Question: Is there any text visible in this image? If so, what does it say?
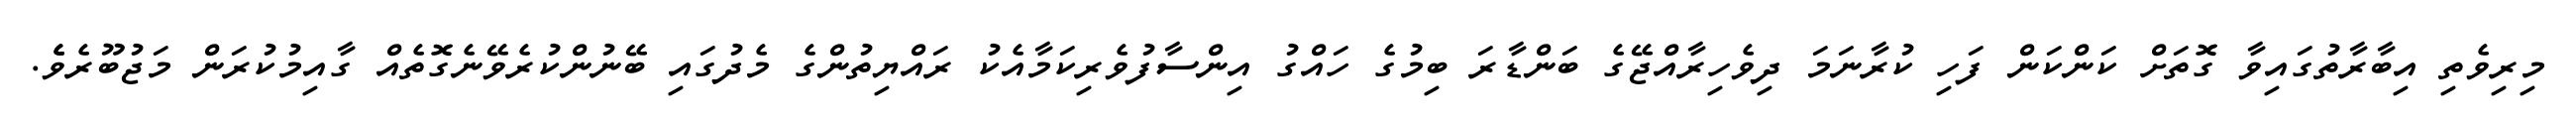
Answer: މިރިވެތި އިބާރާތުގައިވާ ގޮތަށް ކަންކަން ފަހި ކުރާނަމަ ދިވެހިރާއްޖޭގެ ބަންޑާރަ ބިމުގެ ހައްގު އިންސާފުވެރިކަމާއެކު ރައްޔިތުންގެ މެދުގައި ބޭނުންކުރެވޭނެގޮތެއް ގާއިމުކުރަން މަޖުބޫރެވެެ.